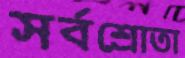
সর্বশ্রোতা